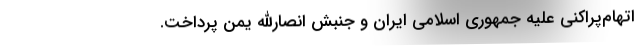
اتهام‌پراکنی علیه جمهوری اسلامی ایران و جنبش انصارالله یمن پرداخت.